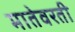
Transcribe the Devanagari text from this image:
मातेवरती